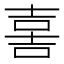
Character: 𡔯